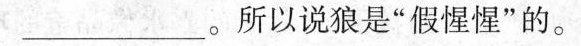
___。所以说狼是”假惺惺”的。